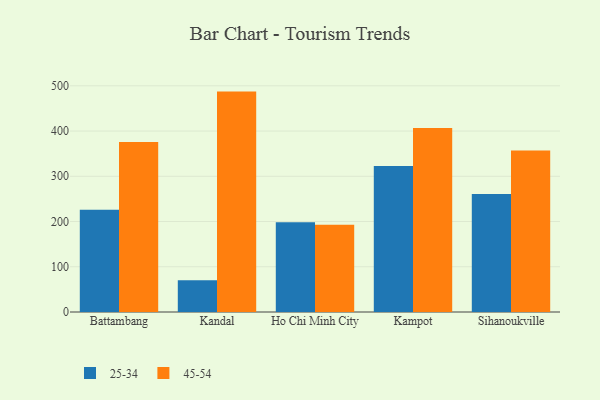
{"axis": {"x": "City", "y": "Production Output"}, "legend": ["25-34", "45-54"], "data": [{"x": "Battambang", "y": 225.9, "type": "25-34"}, {"x": "Battambang", "y": 375.6, "type": "45-54"}, {"x": "Kandal", "y": 70.3, "type": "25-34"}, {"x": "Kandal", "y": 487.2, "type": "45-54"}, {"x": "Ho Chi Minh City", "y": 198.4, "type": "25-34"}, {"x": "Ho Chi Minh City", "y": 193.1, "type": "45-54"}, {"x": "Kampot", "y": 322.9, "type": "25-34"}, {"x": "Kampot", "y": 407.0, "type": "45-54"}, {"x": "Sihanoukville", "y": 261.1, "type": "25-34"}, {"x": "Sihanoukville", "y": 356.9, "type": "45-54"}]}